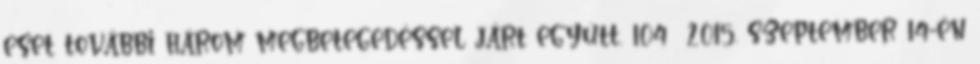
eset további három megbetegedéssel járt együtt. 104 2015. szeptember 14-én